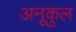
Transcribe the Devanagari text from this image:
अनूकुल